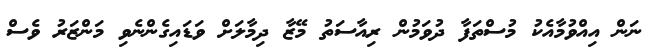
ނަން އިއްވުމާއެކު މުސްތަފާ ދުވަމުން ރިއާސަތު މޭޒާ ދިމާލަށް ވަޑައިގެންނެވި މަންޒަރު ވެސް